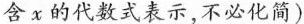
含x的代数式表示，不必化简)